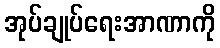
အုပ်ချုပ်ရေးအာဏာကို